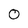
Character: 0